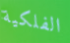
الفلكية